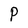
Character: P